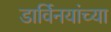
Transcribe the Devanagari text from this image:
डार्विनयांच्या